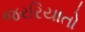
જરરિયાતો